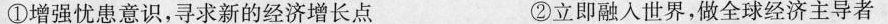
①增强忧患意识，寻求新的经济增长点 ②立即融人世界，做全球经济主导者